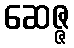
ဆေဇ္ဇ